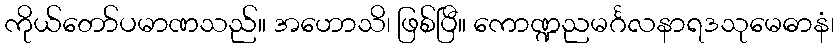
ကိုယ်တော်ပမာဏသည်။ အဟောသိ၊ ဖြစ်ပြီ။ ကောဏ္ဍညမင်္ဂလနာရဒသုမေဓာနံ၊